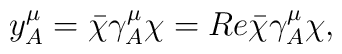
y^{\mu}_{A}=\bar{\chi}\gamma^{\mu}_{A}\chi=Re{\bar{\chi}\gamma^{\mu}_{A}\chi},